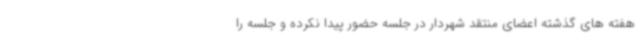
هفته های گذشته اعضای منتقد شهردار در جلسه حضور پیدا نکرده و جلسه را